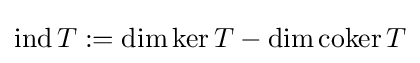
\operatorname {ind} T:=\dim \ker T-\operatorname {dim} \operatorname {coker} T